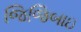
જિજિબાઇ